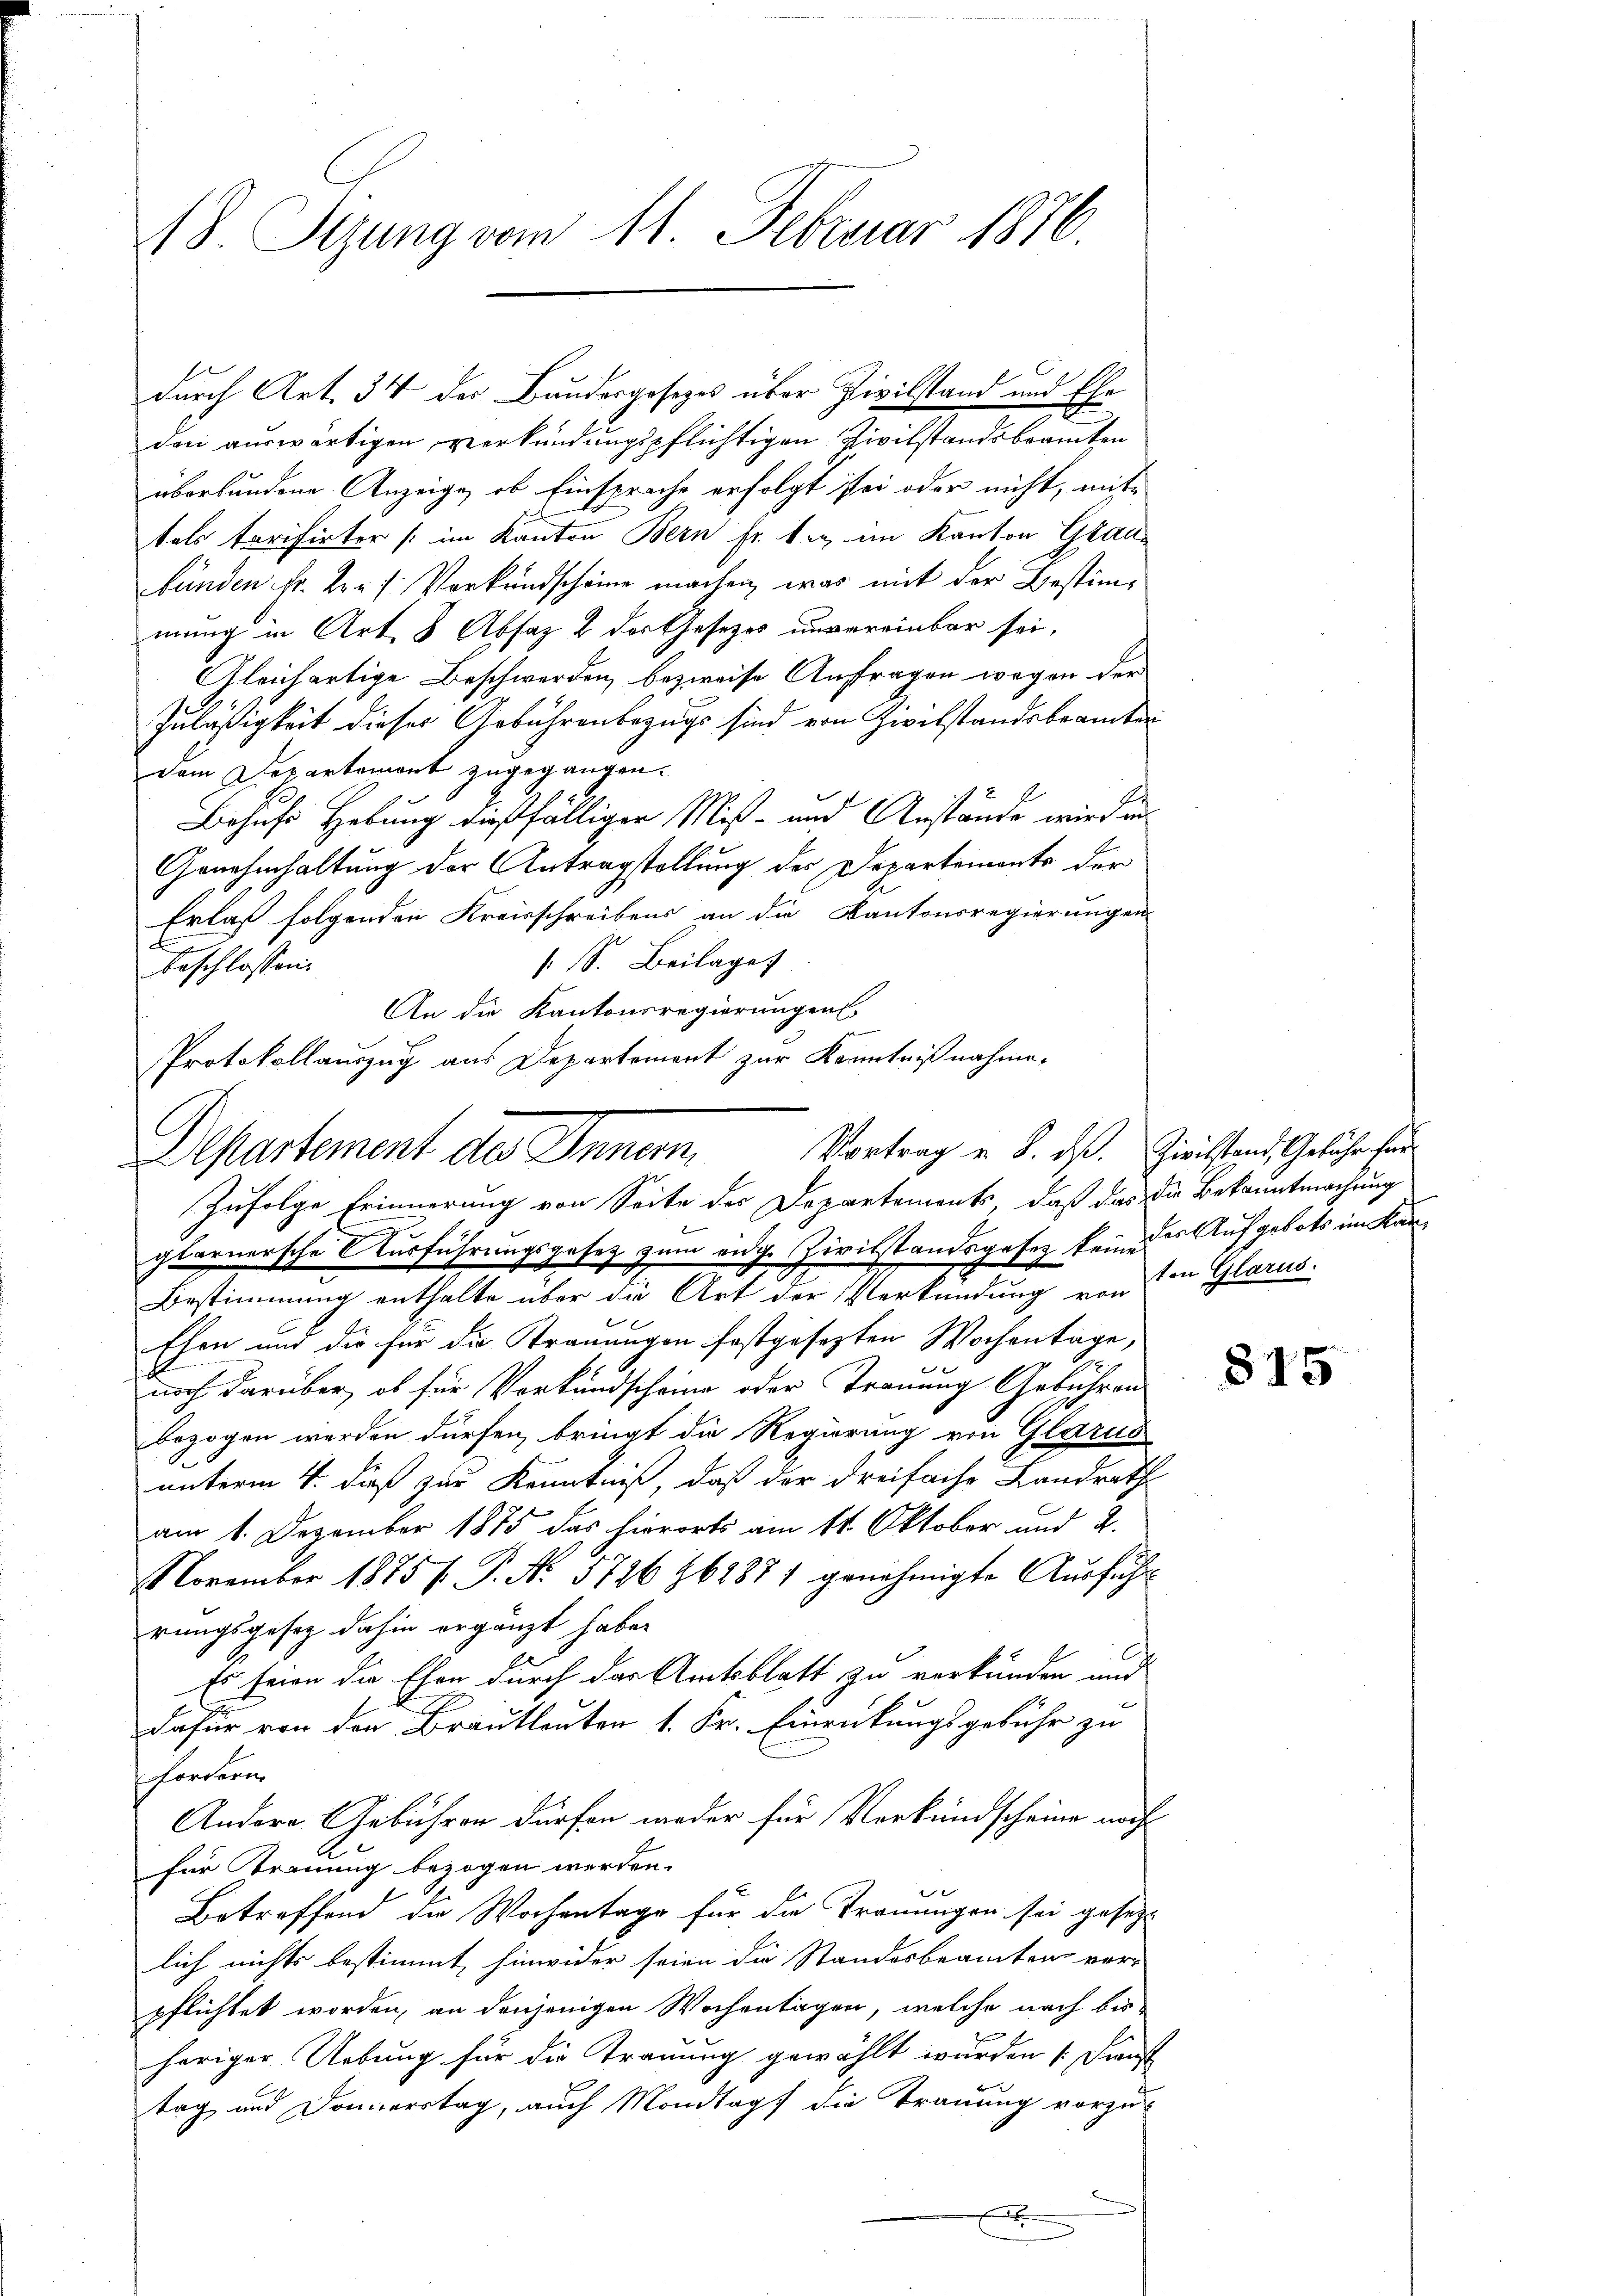
18. Sezung vom 11. Februar 1876.

durch Art. 34 der Bundesgesezes über Zivilstand und Ehe
dani auswärtigen verkündungspflichtigen Zivilstandsbraucten
überbundene Anzeige, ob Einsprache erfolgt sei oder nicht, mit-
tels tarifirter (im Kanton Bern fr. bey im Kanton Grau-
bünden fr. Hr. Verkundscheine machen, was mit der Bestimmung in Art. 8 Absaz & der Gesetzes unvereinbar sei,
Gleichartige Beschwerden, bezweife Anfragen wegen der
Zuläßigkeit dieser Gebührenbezugs sind von Zwilstandsbeamten
Dem Departemont zugegangen.
Behufe Hebung dießfälliger Miß- und Anstände wird in
Genehmhaltung der Antragstellung des Departements der
Erlaß folgenden Kreisschreibens an die Kantonsregierungen
[S. Beilage
beschlossen:
An die Kantonsregierungen,
Protokollauszug aus Departement zur Kenntnißnahme.
Zufolge Erinnerung von Seite des Departements, daß das die Bekanntmachung
glarnersche Ausführungsgesez zum eidge Zivilstandsgesez keine der Aufgebots im Kan¬
Bestimmung enthalte über die Art der Verkündung von von Glarus.
Ehen und die für die Trauungen festgesezten Wochentage,
.
noch darüber, ob für Vorkundscheine oder Trauung Gebühren
bezogen werden dürfen, bringt die Regierung von Glarus
unterm 4. daß zur Kenntniß, daß der dreifache Landrath
am 1. Dezember 1875 das hierorts am 11. Oktober und 2.
November 1885 f. P. Nr. 5726 Z61871 genehmigte Aŭsführ
rungsgesetz dahin ergänzt habe.
Es seien die Ehen durch das Amtsblatt zu verkünden und
dafür von den Brautleuten 1. Sr. Einrückungsgebühr zu
Fordern
Andere Gebühren dürfen weder für Verkundscheine noch
für Trauung bezogen werden.
e
Betreffend die Wochentage für die Trauungen sei gesetzt
lich nichts bestimmt, hinwider seien die Standesbeamten ver-
pflichtet worden, an denjenigen Wochentagen, welche nach bis
heriger Uebung für die Trauung gewählt wurden (Dienst
tag und Donierstag, auch Mondtopf die Trauung vorzu-
.
x

Departement des Innern.

Vortrag v. 8. ds. Zivilstand, Gebühr fer

815